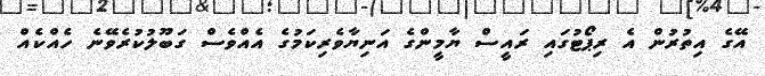
އޭގެ އިތުރުން އެ ރިޕޯޓުގައި ރައީސް ޔާމީންގެ އަނިޔާވެރިކަމުގެ އެއްވެސް ގަބޫލުކުރެވޭނެ ހެއްކެއް